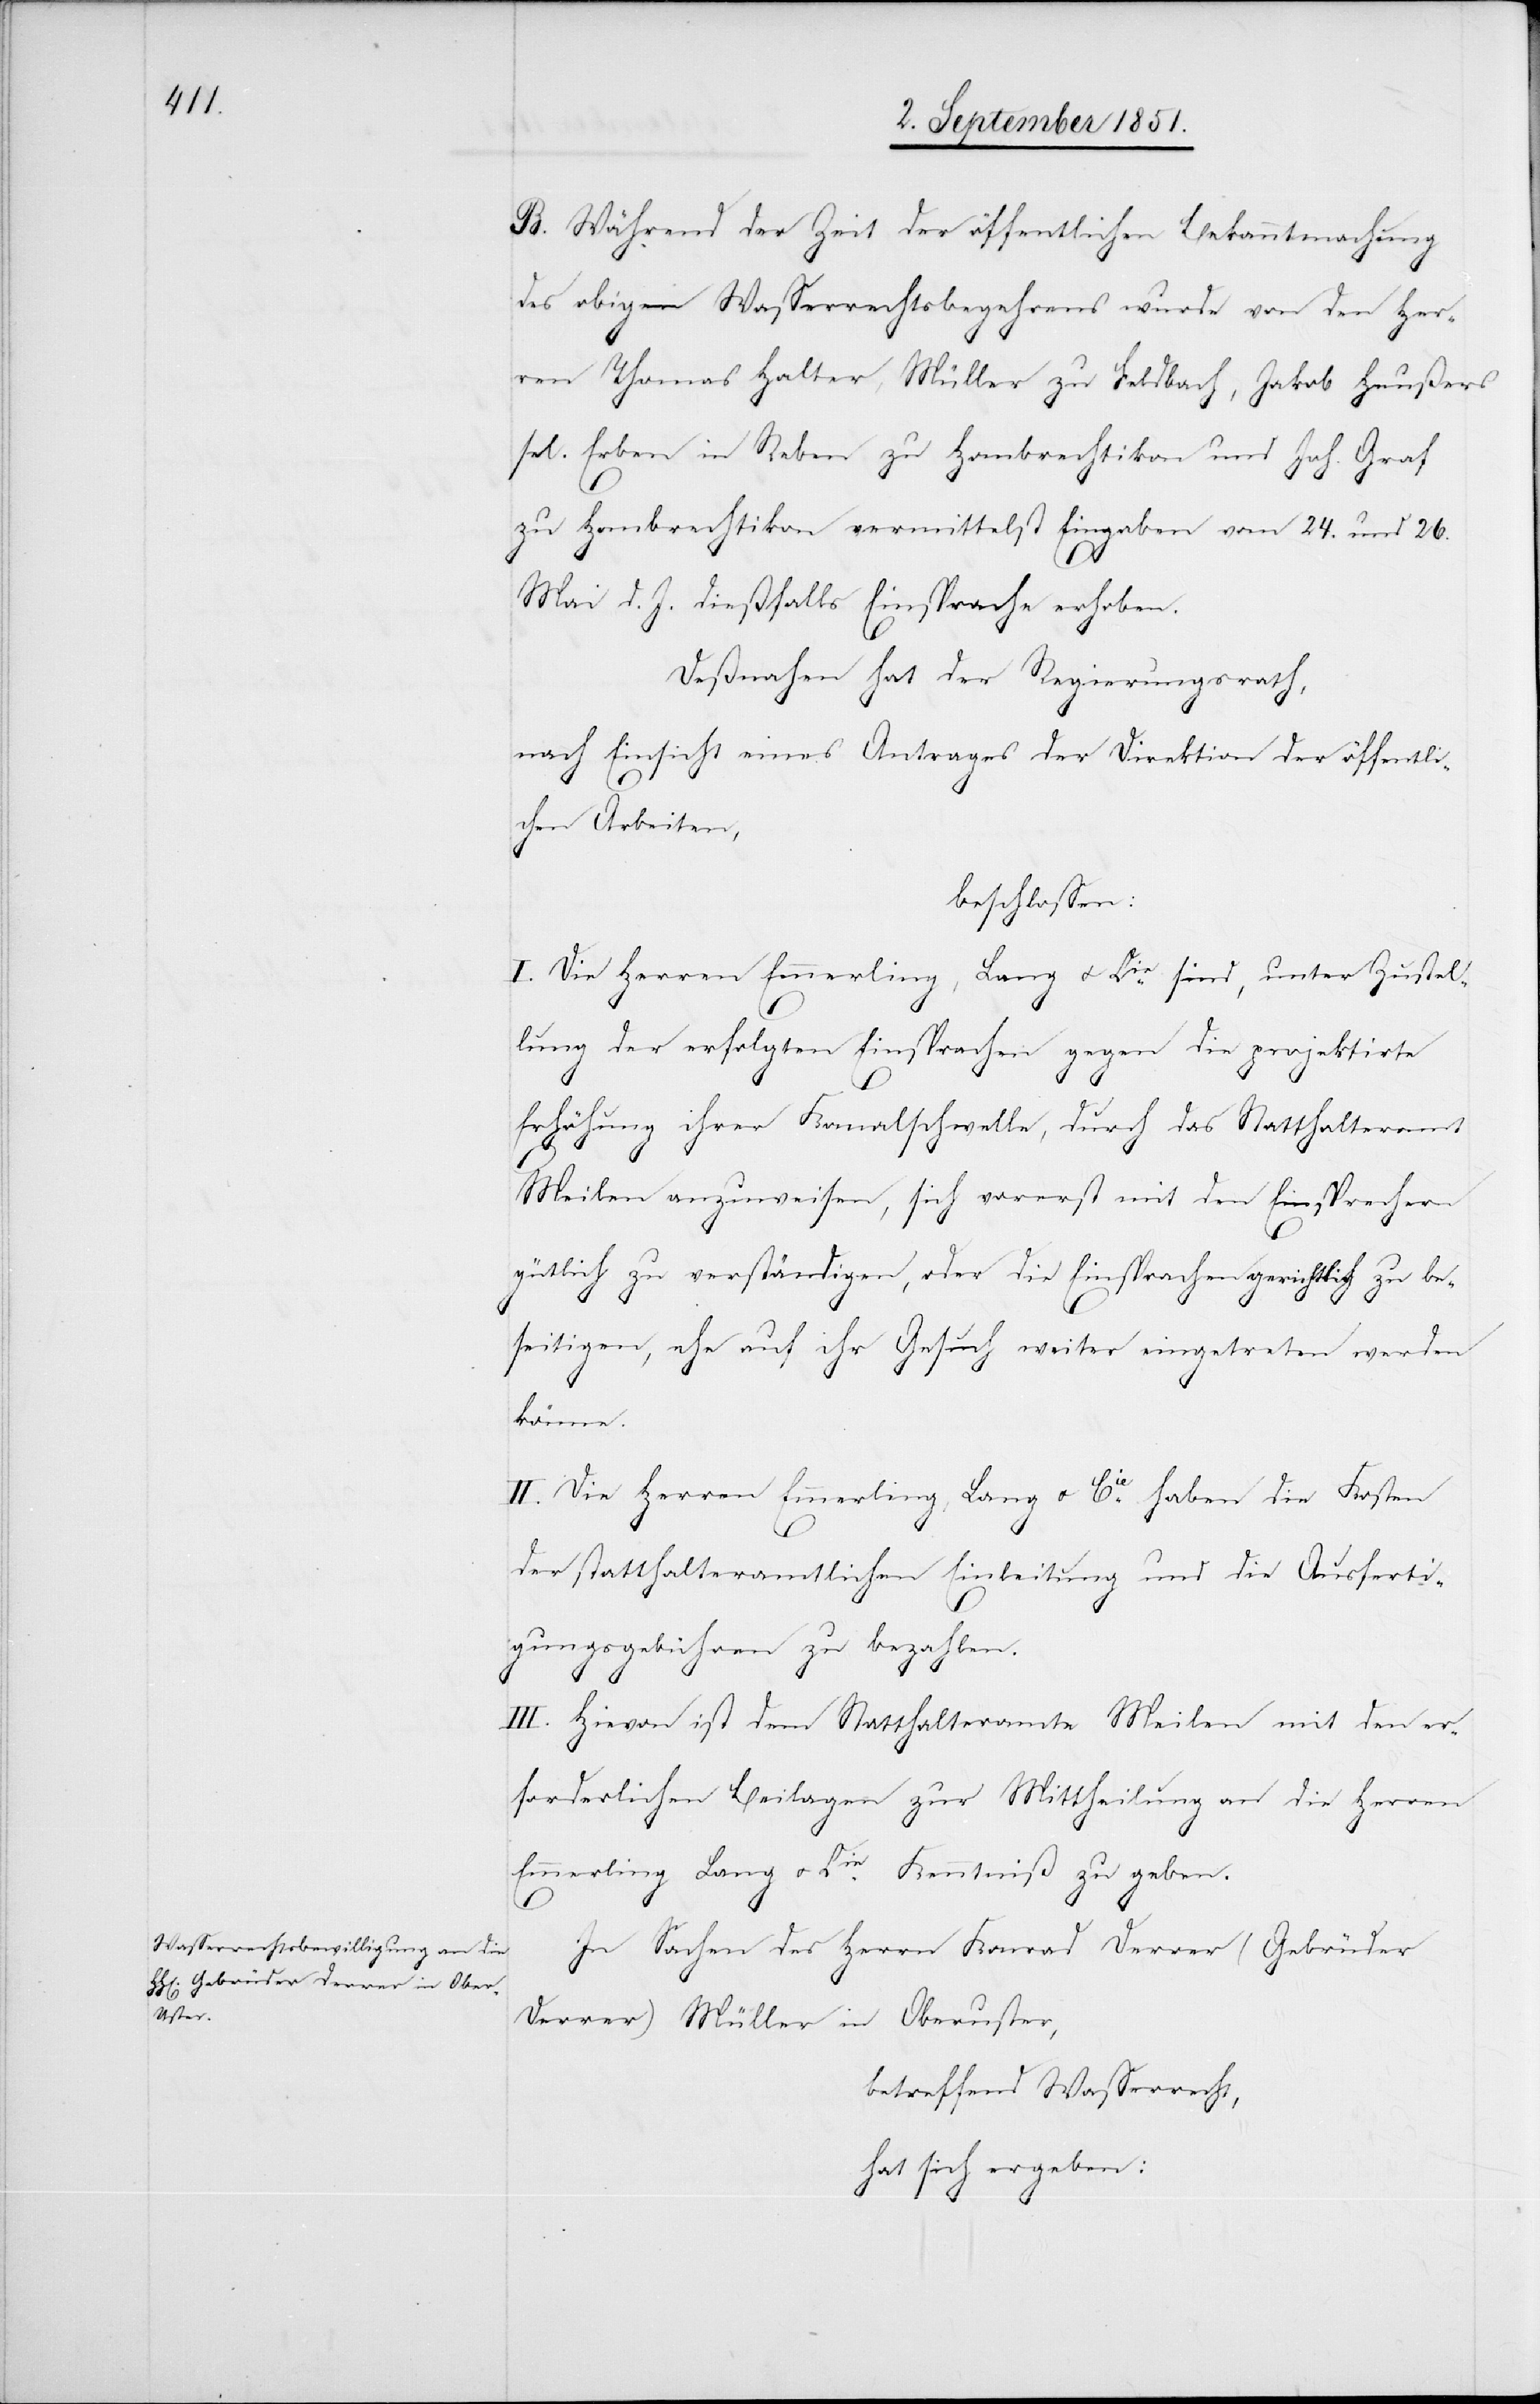
B. Während der Zeit der öffentlichen Bekanntmachung
des obigen Wasserrechtsbegehrens wurde von den Her¬
ren Thomas Halter, Müller zu Feldbach, Jakob Heußers
sel. Erben in Reben zu Hombrechtikon und Joh. Graf
zu Hombrechtikon vermittelst Eingaben vom 24. und 26.
Mai d. J. dießfalls Einsprache erhoben.
Deßnahen hat der Regierungsrath,
nach Einsicht eines Antrages der Direktion der öffentli¬
chen Arbeiten,
beschlossen:
I. Die Herren Emmerling, Lang u. Cie. sind, unter Zustel¬
lung der erfolgten Einsprachen gegen die projektirte
Erhöhung ihrer Kanalschwelle, durch das Statthalteramt
Meilen anzuweisen, sich vorerst mit den Einsprechern
gütlich zu verständigen, oder die Einsprachen gerichtlich zu be¬
seitigen, ehe auf ihr Gesuch weiter eingetreten werden
könne.
II. Die Herren Emmerling, Lang u. Cie. haben die Kosten
der statthalteramtlichen Einleitung und die Ausferti¬
gungsgebühren zu bezahlen.
III. Hievon ist dem Statthalteramte Meilen mit den er¬
forderlichen Beilagen zur Mittheilung an die Herren
Emmerling Lang u. Cie. Kenntniß zu geben.
In Sachen des Herrn Konrad Derrer (Gebrüder
Derrer) Müller in Oberuster,
betreffend Wasserrecht,
hat sich ergeben: